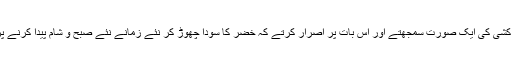
تقلید کی روش کو وہ خود کشی کی ایک صورت سمجھتے اور اس بات پر اصرار کرتے کہ خضر کا سودا چھوڑ کر نئے زمانے نئے صبح و شام پیدا کرنے پر توجہ مرکوز کی جائے۔